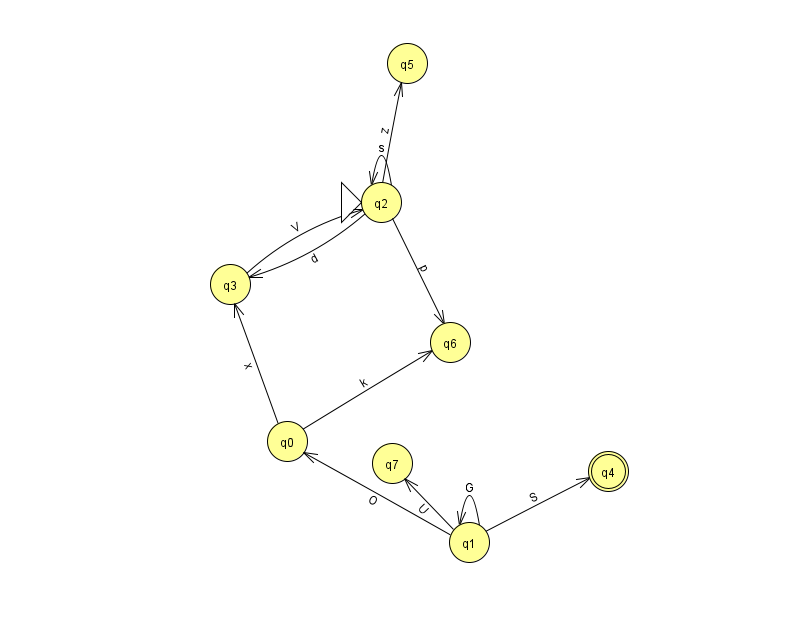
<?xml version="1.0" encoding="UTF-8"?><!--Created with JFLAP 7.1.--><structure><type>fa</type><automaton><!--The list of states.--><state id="0" name="q0"><x>287.0</x><y>428.0</y></state><state id="1" name="q1"><x>469.0</x><y>529.0</y></state><state id="2" name="q2"><x>381.0</x><y>189.0</y><initial/></state><state id="3" name="q3"><x>230.0</x><y>271.0</y></state><state id="4" name="q4"><x>608.0</x><y>458.0</y><final/></state><state id="5" name="q5"><x>407.0</x><y>50.0</y></state><state id="6" name="q6"><x>450.0</x><y>329.0</y></state><state id="7" name="q7"><x>392.0</x><y>450.0</y></state><!--The list of transitions.--><transition><from>2</from><to>3</to><read>d</read></transition><transition><from>3</from><to>2</to><read>V</read></transition><transition><from>2</from><to>2</to><read>s</read></transition><transition><from>0</from><to>3</to><read>x</read></transition><transition><from>1</from><to>1</to><read>G</read></transition><transition><from>1</from><to>0</to><read>O</read></transition><transition><from>1</from><to>7</to><read>U</read></transition><transition><from>0</from><to>6</to><read>k</read></transition><transition><from>1</from><to>4</to><read>S</read></transition><transition><from>2</from><to>5</to><read>z</read></transition><transition><from>2</from><to>6</to><read>p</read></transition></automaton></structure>